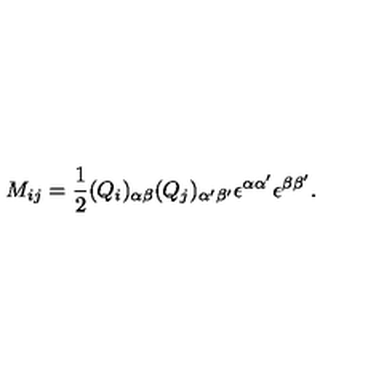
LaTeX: M _ { i j } = \frac { 1 } { 2 } ( Q _ { i } ) _ { \alpha \beta } ( Q _ { j } ) _ { \alpha ^ { \prime } \beta ^ { \prime } } \epsilon ^ { \alpha \alpha ^ { \prime } } \epsilon ^ { \beta \beta ^ { \prime } } . \nonumber